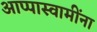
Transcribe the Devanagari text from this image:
आप्पास्‍वामींना